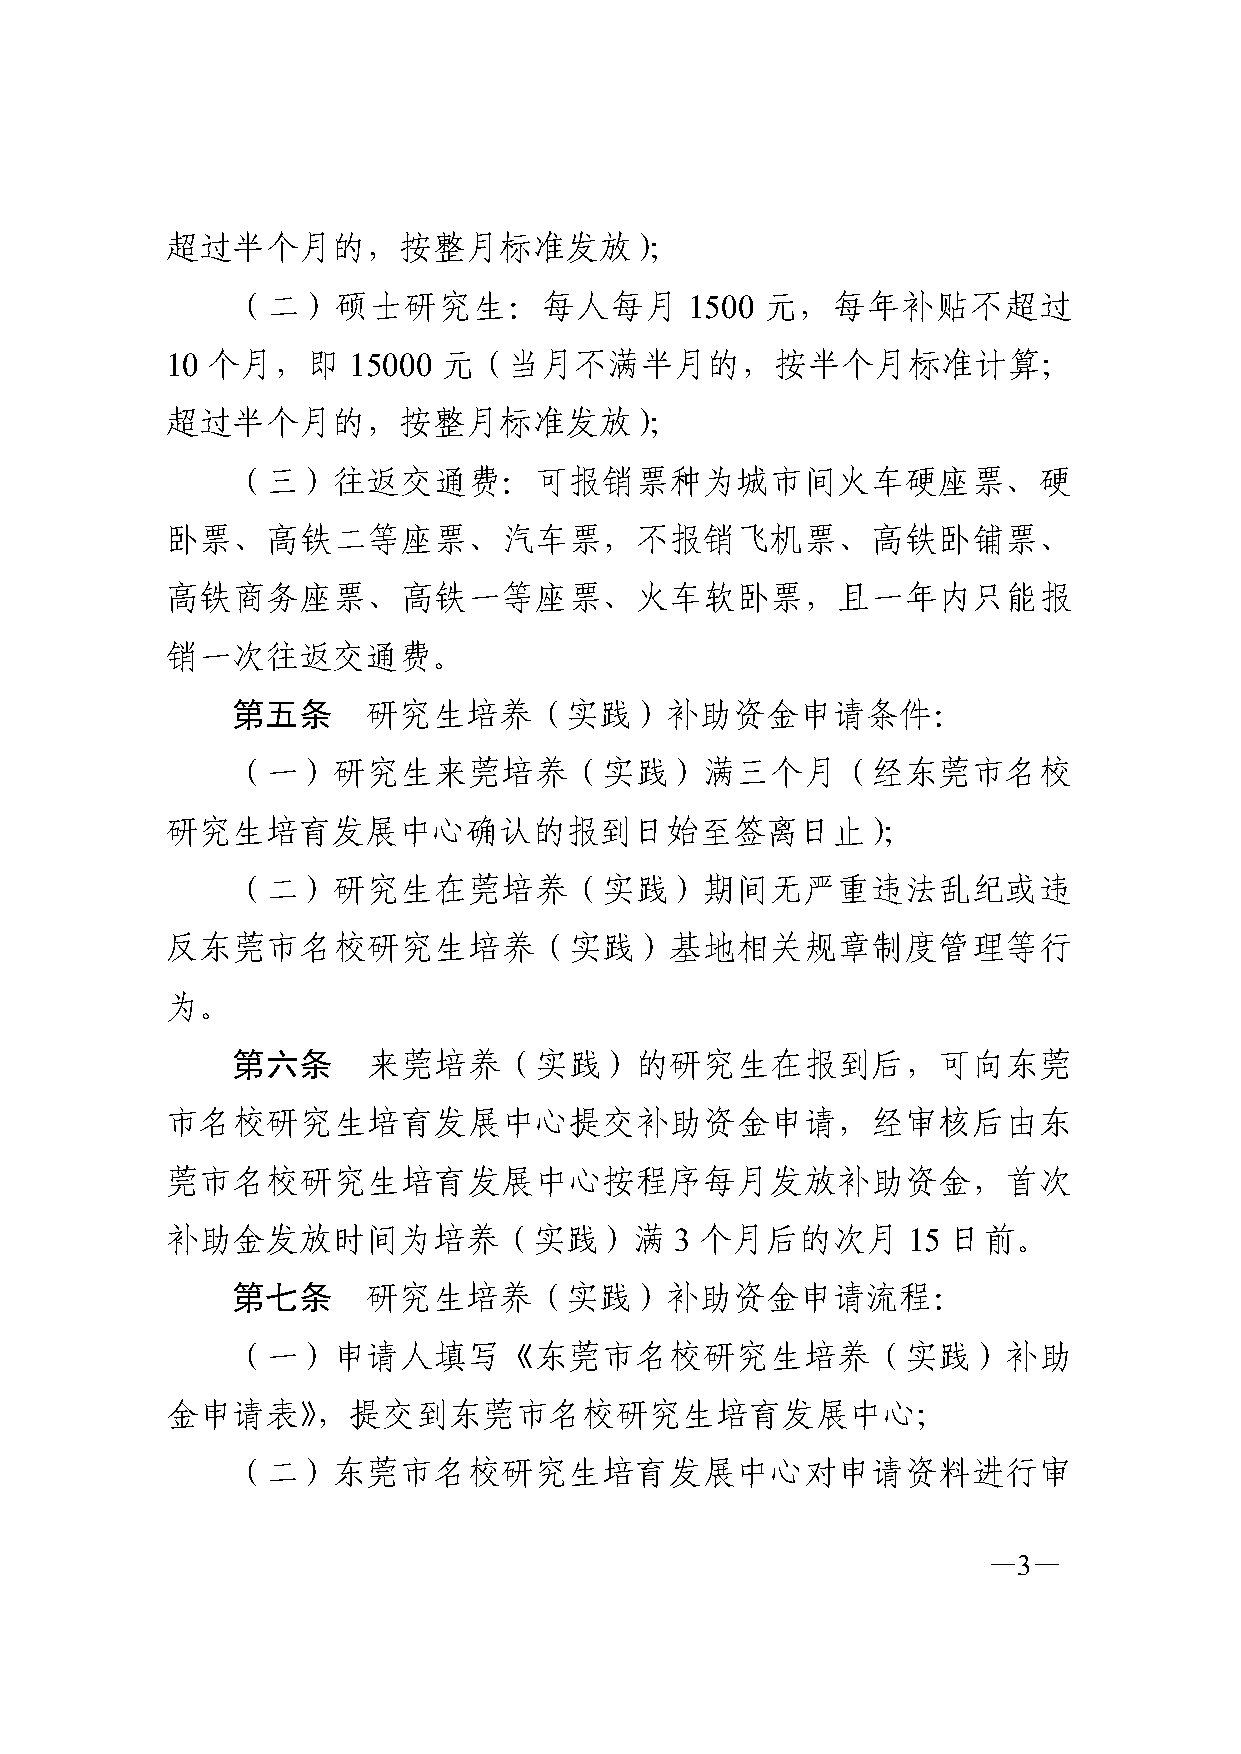
超过半个月的，按整月标准发放）；
 （二）硕士研究生：每人每月                  1500 元，每年补贴不超过
 10 个月，即     15000 元（当月不满半月的，按半个月标准计算；
 超过半个月的，按整月标准发放）；
 （三）往返交通费：可报销票种为城市间火车硬座票、硬
 卧票、高铁二等座票、汽车票，不报销飞机票、高铁卧铺票、
 高铁商务座票、高铁一等座票、火车软卧票，且一年内只能报
 销一次往返交通费。
 第五条      研究生培养（实践）补助资金申请条件：
 （一）研究生来莞培养（实践）满三个月（经东莞市名校
 研究生培育发展中心确认的报到日始至签离日止）；
 （二）研究生在莞培养（实践）期间无严重违法乱纪或违
 反东莞市名校研究生培养（实践）基地相关规章制度管理等行
 为。
 第六条      来莞培养（实践）的研究生在报到后，可向东莞
 市名校研究生培育发展中心提交补助资金申请，经审核后由东
 莞市名校研究生培育发展中心按程序每月发放补助资金，首次
 补助金发放时间为培养（实践）满                   3 个月后的次月       15 日前。
 第七条      研究生培养（实践）补助资金申请流程：
 （一）申请人填写《东莞市名校研究生培养（实践）补助
 金申请表》，提交到东莞市名校研究生培育发展中心；
 （二）东莞市名校研究生培育发展中心对申请资料进行审
 —3—